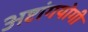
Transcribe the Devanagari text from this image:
अष्टांगयोगी